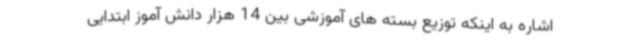
اشاره به اینکه توزیع بسته های آموزشی بین 14 هزار دانش آموز ابتدایی